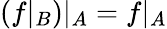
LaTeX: (f|_{B})|_{A}=f|_{A}